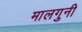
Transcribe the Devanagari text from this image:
मालगुनी